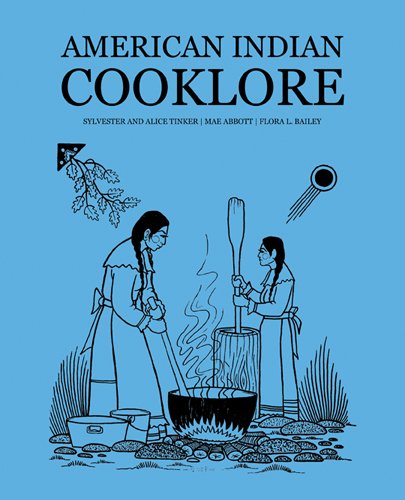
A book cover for American Indian Cooklore (Classic Reprints); Sylvester Tinker; Cookbooks, Food & Wine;